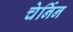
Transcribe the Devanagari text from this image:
चेर्निन